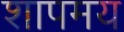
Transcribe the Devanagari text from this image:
शापमय